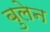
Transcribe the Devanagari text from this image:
बुलेन